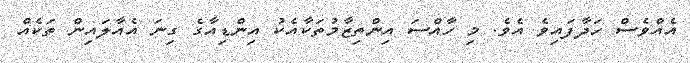
އެއްވެސް ހަދާފައިވެ އެވެ. މި ހާއްސަ އިންތިޒާމުތަކާއެކު އިންޑިއާގެ ގިނަ އެއާލައިން ތަކެއް